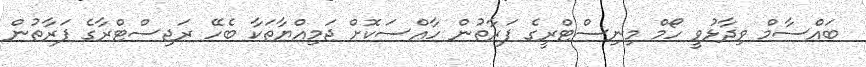
ބައްސާމް ވިދާޅުވީ ހޯމް މިނިސްޓްރީގެ ފަރާތުން ހާއްސަކޮށް ޖަމިއްޔާތަކާ ބެހޭ ރަޖިސްޓްރާގެ ފަރާތުން